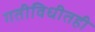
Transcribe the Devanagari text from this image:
गतीविधीतही